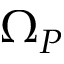
\Omega _ { P }